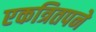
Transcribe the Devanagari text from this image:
एकत्रितपने